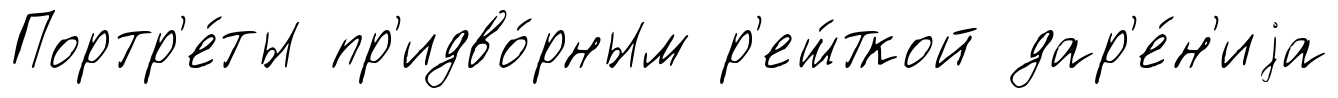
Портр'е́ты пр'идво́рным р'еш́ткой дар'е́н'иjа